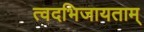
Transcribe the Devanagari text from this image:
त्वदभिजायताम्